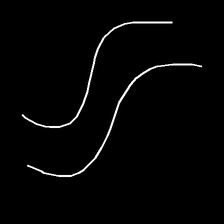
Glyph: float